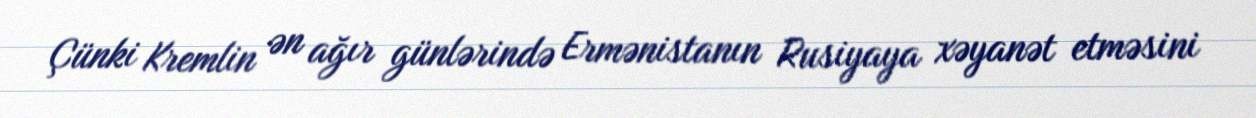
Çünki Kremlin ən ağır günlərində Ermənistanın Rusiyaya xəyanət etməsini